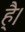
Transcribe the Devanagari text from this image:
है्।